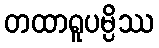
တထာရူပမ္ပိဿ